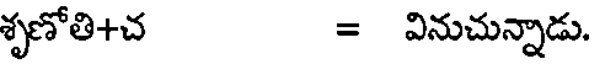
శృణోతి+చ = వినుచున్నాడు.